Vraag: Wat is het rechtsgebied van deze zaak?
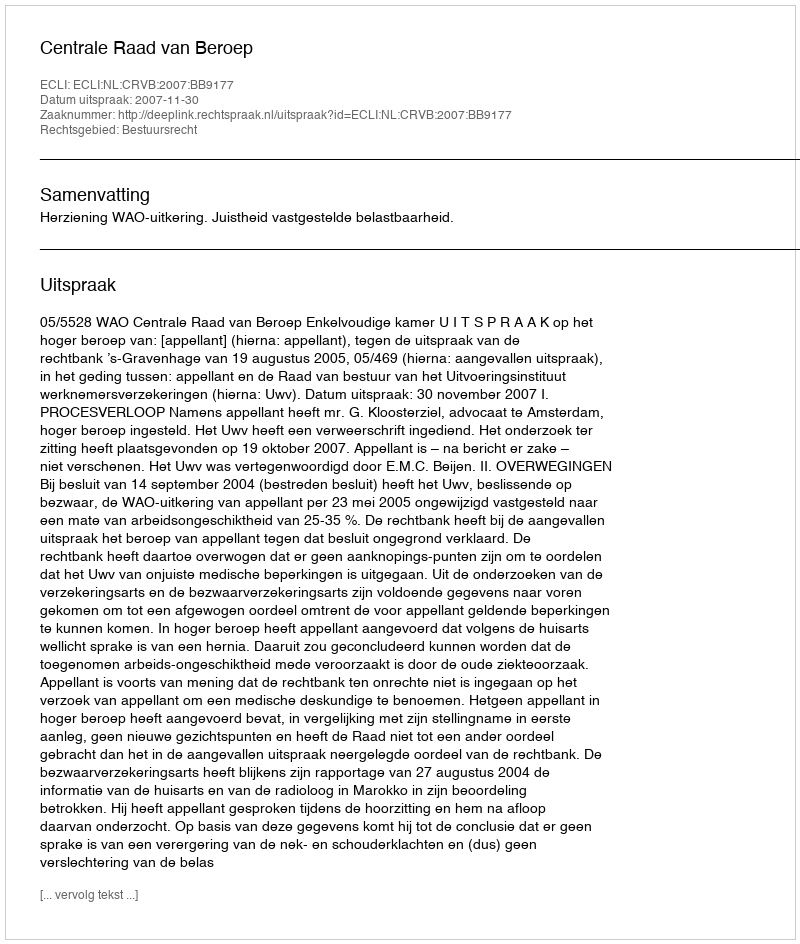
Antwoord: Bestuursrecht